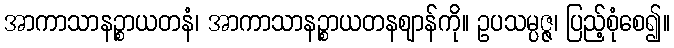
အာကာသာနဉ္စာယတနံ၊ အာကာသာနဉ္စာယတနဈာန်ကို။ ဥပသမ္ပဇ္ဇ၊ ပြည့်စုံစေ၍။